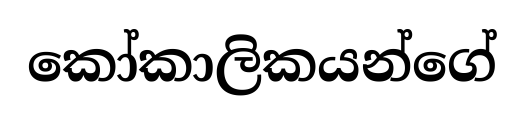
කෝකාලිකයන්ගේ